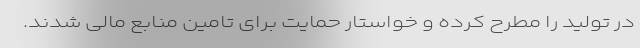
در تولید را مطرح کرده و خواستار حمایت برای تامین منابع مالی شدند.